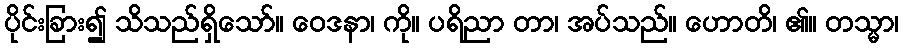
ပိုင်းခြား၍ သိသည်ရှိသော်။ ဝေဒနာ၊ ကို။ ပရိညာ တာ၊ အပ်သည်။ ဟောတိ၊ ၏။ တသ္မာ၊